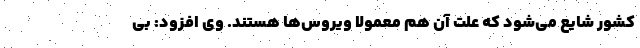
کشور شایع می‌شود که علت آن هم معمولا ویروس‌ها هستند. وی افزود: بی